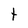
Character: t